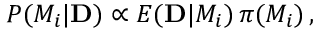
{ \cal P } ( { \cal M } _ { i } | { \bf D } ) \propto E ( { \bf D } | { \cal M } _ { i } ) \, \pi ( { \cal M } _ { i } ) \, ,